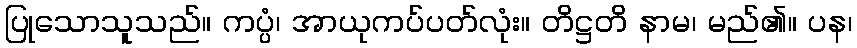
ပြုသောသူသည်။ ကပ္ပံ၊ အာယုကပ်ပတ်လုံး။ တိဋ္ဌတိ နာမ၊ မည်၏။ ပန၊